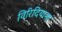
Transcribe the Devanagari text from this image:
विरिदियाना